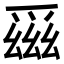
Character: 𪺕